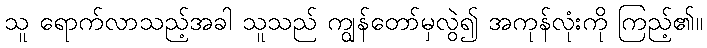
သူ ရောက်လာသည့်အခါ သူသည် ကျွန်တော်မှလွဲ၍ အကုန်လုံးကို ကြည့်၏။